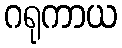
ဂရုကာယ